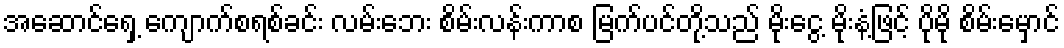
အဆောင်ရှေ့ ကျောက်စရစ်ခင်း လမ်းဘေး စိမ်းလန်းကာစ မြက်ပင်တို့သည် မိုးငွေ့ မိုးနံ့ဖြင့် ပိုမို စိမ်းမှောင်